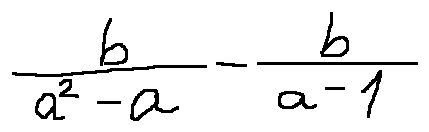
\frac { b } { a ^ { 2 } - a } - \frac { b } { a - 1 }